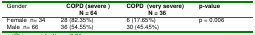
| Gender | COPD (severe) N = 64 | COPD (very severe) N = 36 | p-value |
 | --- | --- | --- | --- |
 | Female n= 34 | 28 (82.35%) | 6 (17.65%) | <ROWSPAN=2> p = 0.006 |
 | Male n= 66 | 36 (54.55%) | 30 (45.45%) |